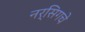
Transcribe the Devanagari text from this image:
नर्सिगचे